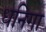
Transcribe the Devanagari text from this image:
धनिगा